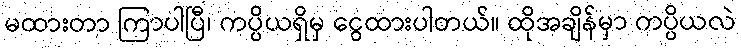
မထားတာ ကြာပါပြီ၊ ကပ္ပိယရှိမှ ငွေထားပါတယ်။ ထိုအချိန်မှာ ကပ္ပိယလဲ